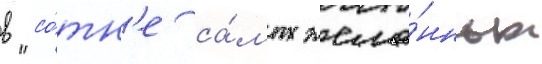
в "со́тн'е са́мых жела́нных